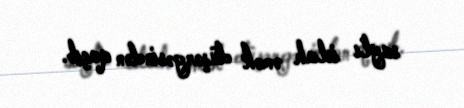
saylı islah əmək düşərgəsindən qaçıb.